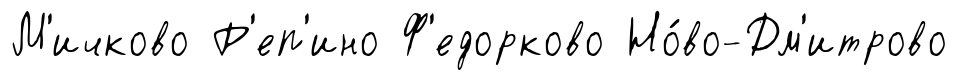
М'ичково Р'еп'ино Ф'едорково Но́во-Дм'итрово